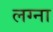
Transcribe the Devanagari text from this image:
लग्ना